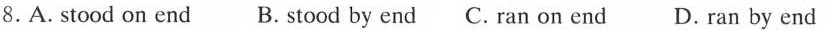
8.A.Stood on end B.stood by end C. Ran on end D. ran by end